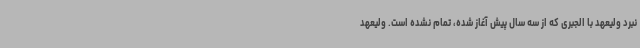
نبرد ولیعهد با الجبری که از سه سال پیش آغاز شده، تمام نشده است. ولیعهد